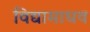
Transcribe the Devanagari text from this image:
विद्यामाधव